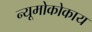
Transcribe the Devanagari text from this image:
न्यूमोकोकाय